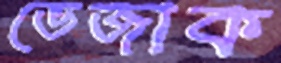
ভেজাক